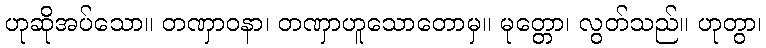
ဟုဆိုအပ်သော။ တဏှာဝနာ၊ တဏှာဟူသောတောမှ။ မုတ္တော၊ လွတ်သည်။ ဟုတွာ၊